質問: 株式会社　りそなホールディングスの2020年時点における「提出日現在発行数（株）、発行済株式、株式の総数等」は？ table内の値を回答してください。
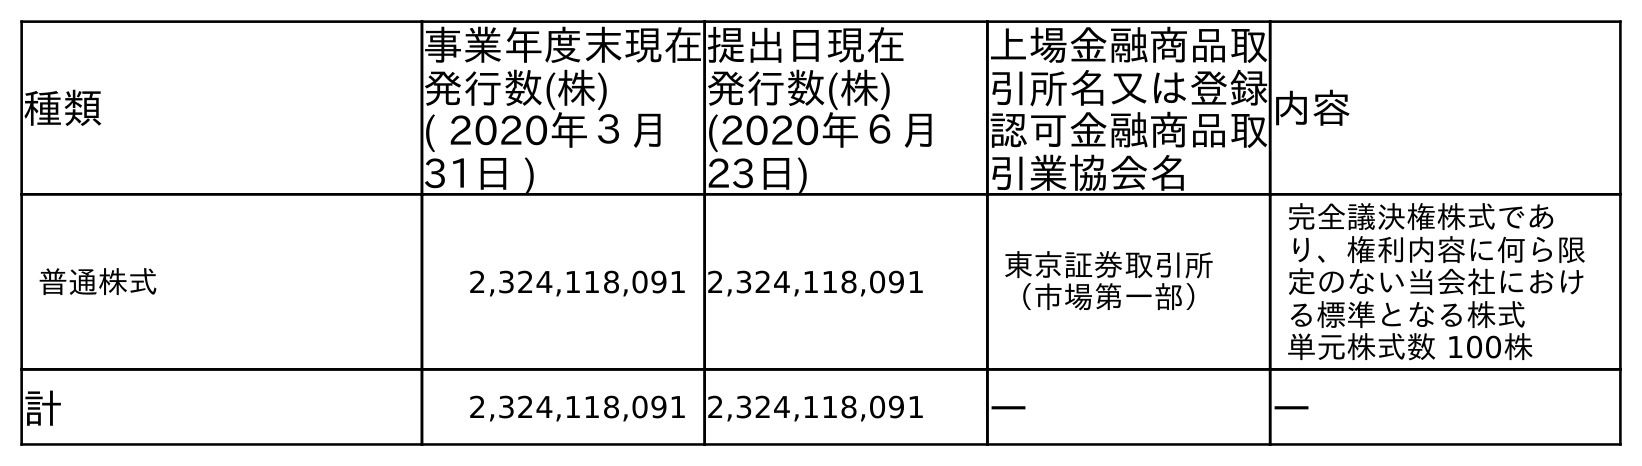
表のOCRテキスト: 種類 事業年度末現在 発行数(株) ( 2020年３月 31日 ) 提出日現在 発行数(株) (2020年６月 23日) 上場金融商品取 引所名又は登録 認可金融商品取 引業協会名 内容 普通株式 2,324,118,091 2,324,118,091 東京証券取引所 （市場第一部） 完全議決権株式であ り、権利内容に何ら限 定のない当会社におけ る標準となる株式 単元株式数 100株 計 2,324,118,091 2,324,118,091 ― ―
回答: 2,324,118,091